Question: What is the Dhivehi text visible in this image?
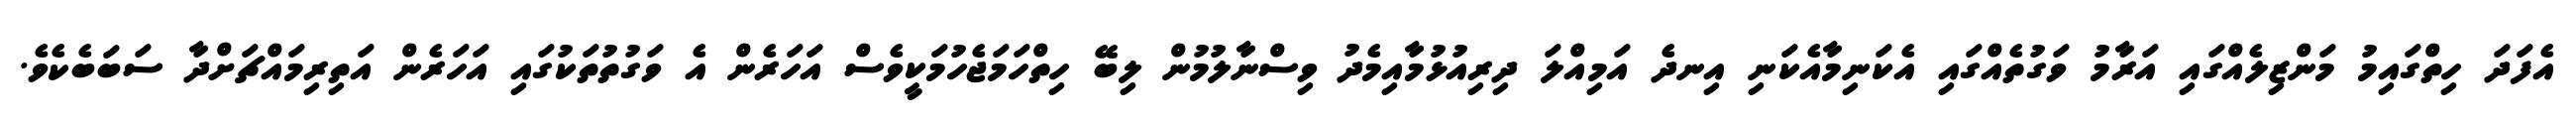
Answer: އެފަދަ ހިތްގައިމު މަންޒިލެއްގައި އަރާމު ވަގުތެއްގައި އެކަނިމާއެކަނި އިނދެ އަމިއްލަ ދިރިއުޅުމާއިމެދު ވިސްނާލުމުން ލިބޭ ހިތްހަމަޖެހުމަކީވެސް އަހަރެން އެ ވަގުތުތަކުގައި އަހަރެން އަތިރިމައްޗަށްދާ ސަބަބެކެވެ.